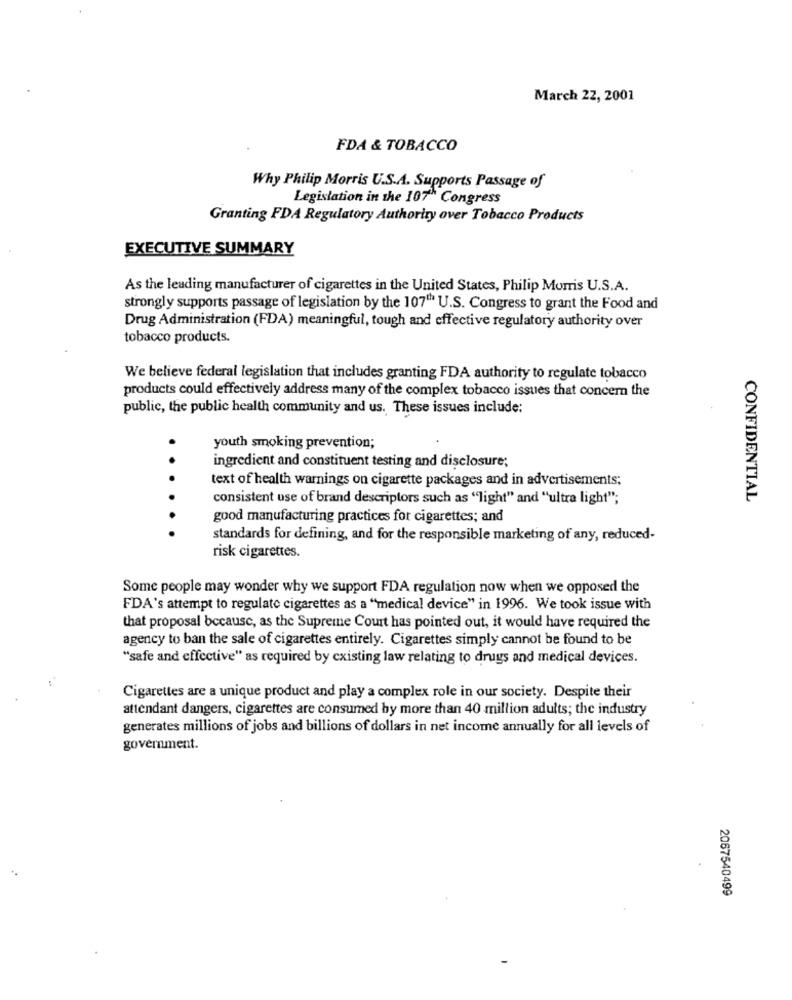
March 22, 2001
FDA & TOBACCO
Why Philip Morris U.S.A. Supports Passage of
Legislation in the 107h Congress
Granting FDA Regulatory Authority over Tobacco Products
EXECUTIVE SUMMARY
As the leading manufacturer of cigarettes in the United States, Philip Morris U.S.A.
strongly supports passage of legislation by the 107" U.S. Congress to grant the Food and
Drug Administration (FDA) meaningful, tough and effective regulatory authority over
tobacco products.
We believe federal legislation that includes granting FDA authority to regulate tobacco
products could effectively address many of the complex tobacco issues that concern the
public, the public health community and us. These issues include:
.
youth smoking prevention;
ingredient and constituent testing and disclosure;
text of health warnings on cigarette packages and in advertisements;
consistent use of brand descriptors such as "light" and "ultra light";
CONFIDENTIAL
good manufacturing practices for cigarettes; and
standards for defining, and for the responsible marketing of any, reduced-
risk cigarettes.
Some people may wonder why we support FDA regulation now when we opposed the
FDA's attempt to regulate cigarettes as a "medical device" in 1996. We took issue with
that proposal because, as the Supreme Court has pointed out, it would have required the
agency to ban the sale of cigarettes entirely. Cigarettes simply cannot be found to be
"safe and effective" as required by existing law relating to drugs and medical devices.
Cigarettes are a unique product and play a complex role in our society. Despite their
attendant dangers, cigarettes are consumed by more than 40 million adults; the industry
generates millions of jobs and billions of dollars in net income annually for all levels of
government.
2067540499